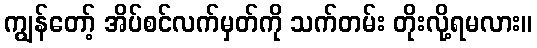
ကျွန်တော့် အိပ်စင်လက်မှတ်ကို သက်တမ်း တိုးလို့ရမလား။